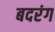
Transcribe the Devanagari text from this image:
बदरंग